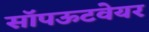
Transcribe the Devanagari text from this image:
सॉपऊटवेयर